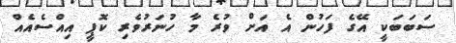
ސަބަބަކީ އޭގެ ފަހުން އެ އަށް ވުރެ މާ ހުނަރުވެރި ކޮޕީ އިއްސެއެއް